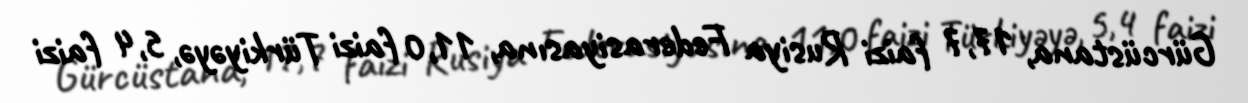
Gürcüstana, 17,7 faizi Rusiya Federasiyasına, 11,0 faizi Türkiyəyə, 5,4 faizi